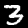
Label: 3